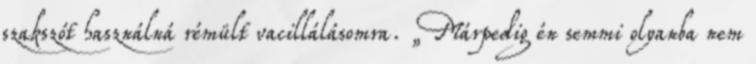
szakszót használná rémült vacillálásomra. „Márpedig én sem­mi o­lyanba nem